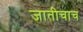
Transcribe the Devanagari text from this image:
जातीचाच